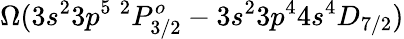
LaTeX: \Omega(3s^{2}3p^{5}~^{2}P_{3/2}^{o}-3s^{2}3p^{4}4s^{4}D_{7/2})